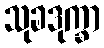
သုခဒုက္ခာ